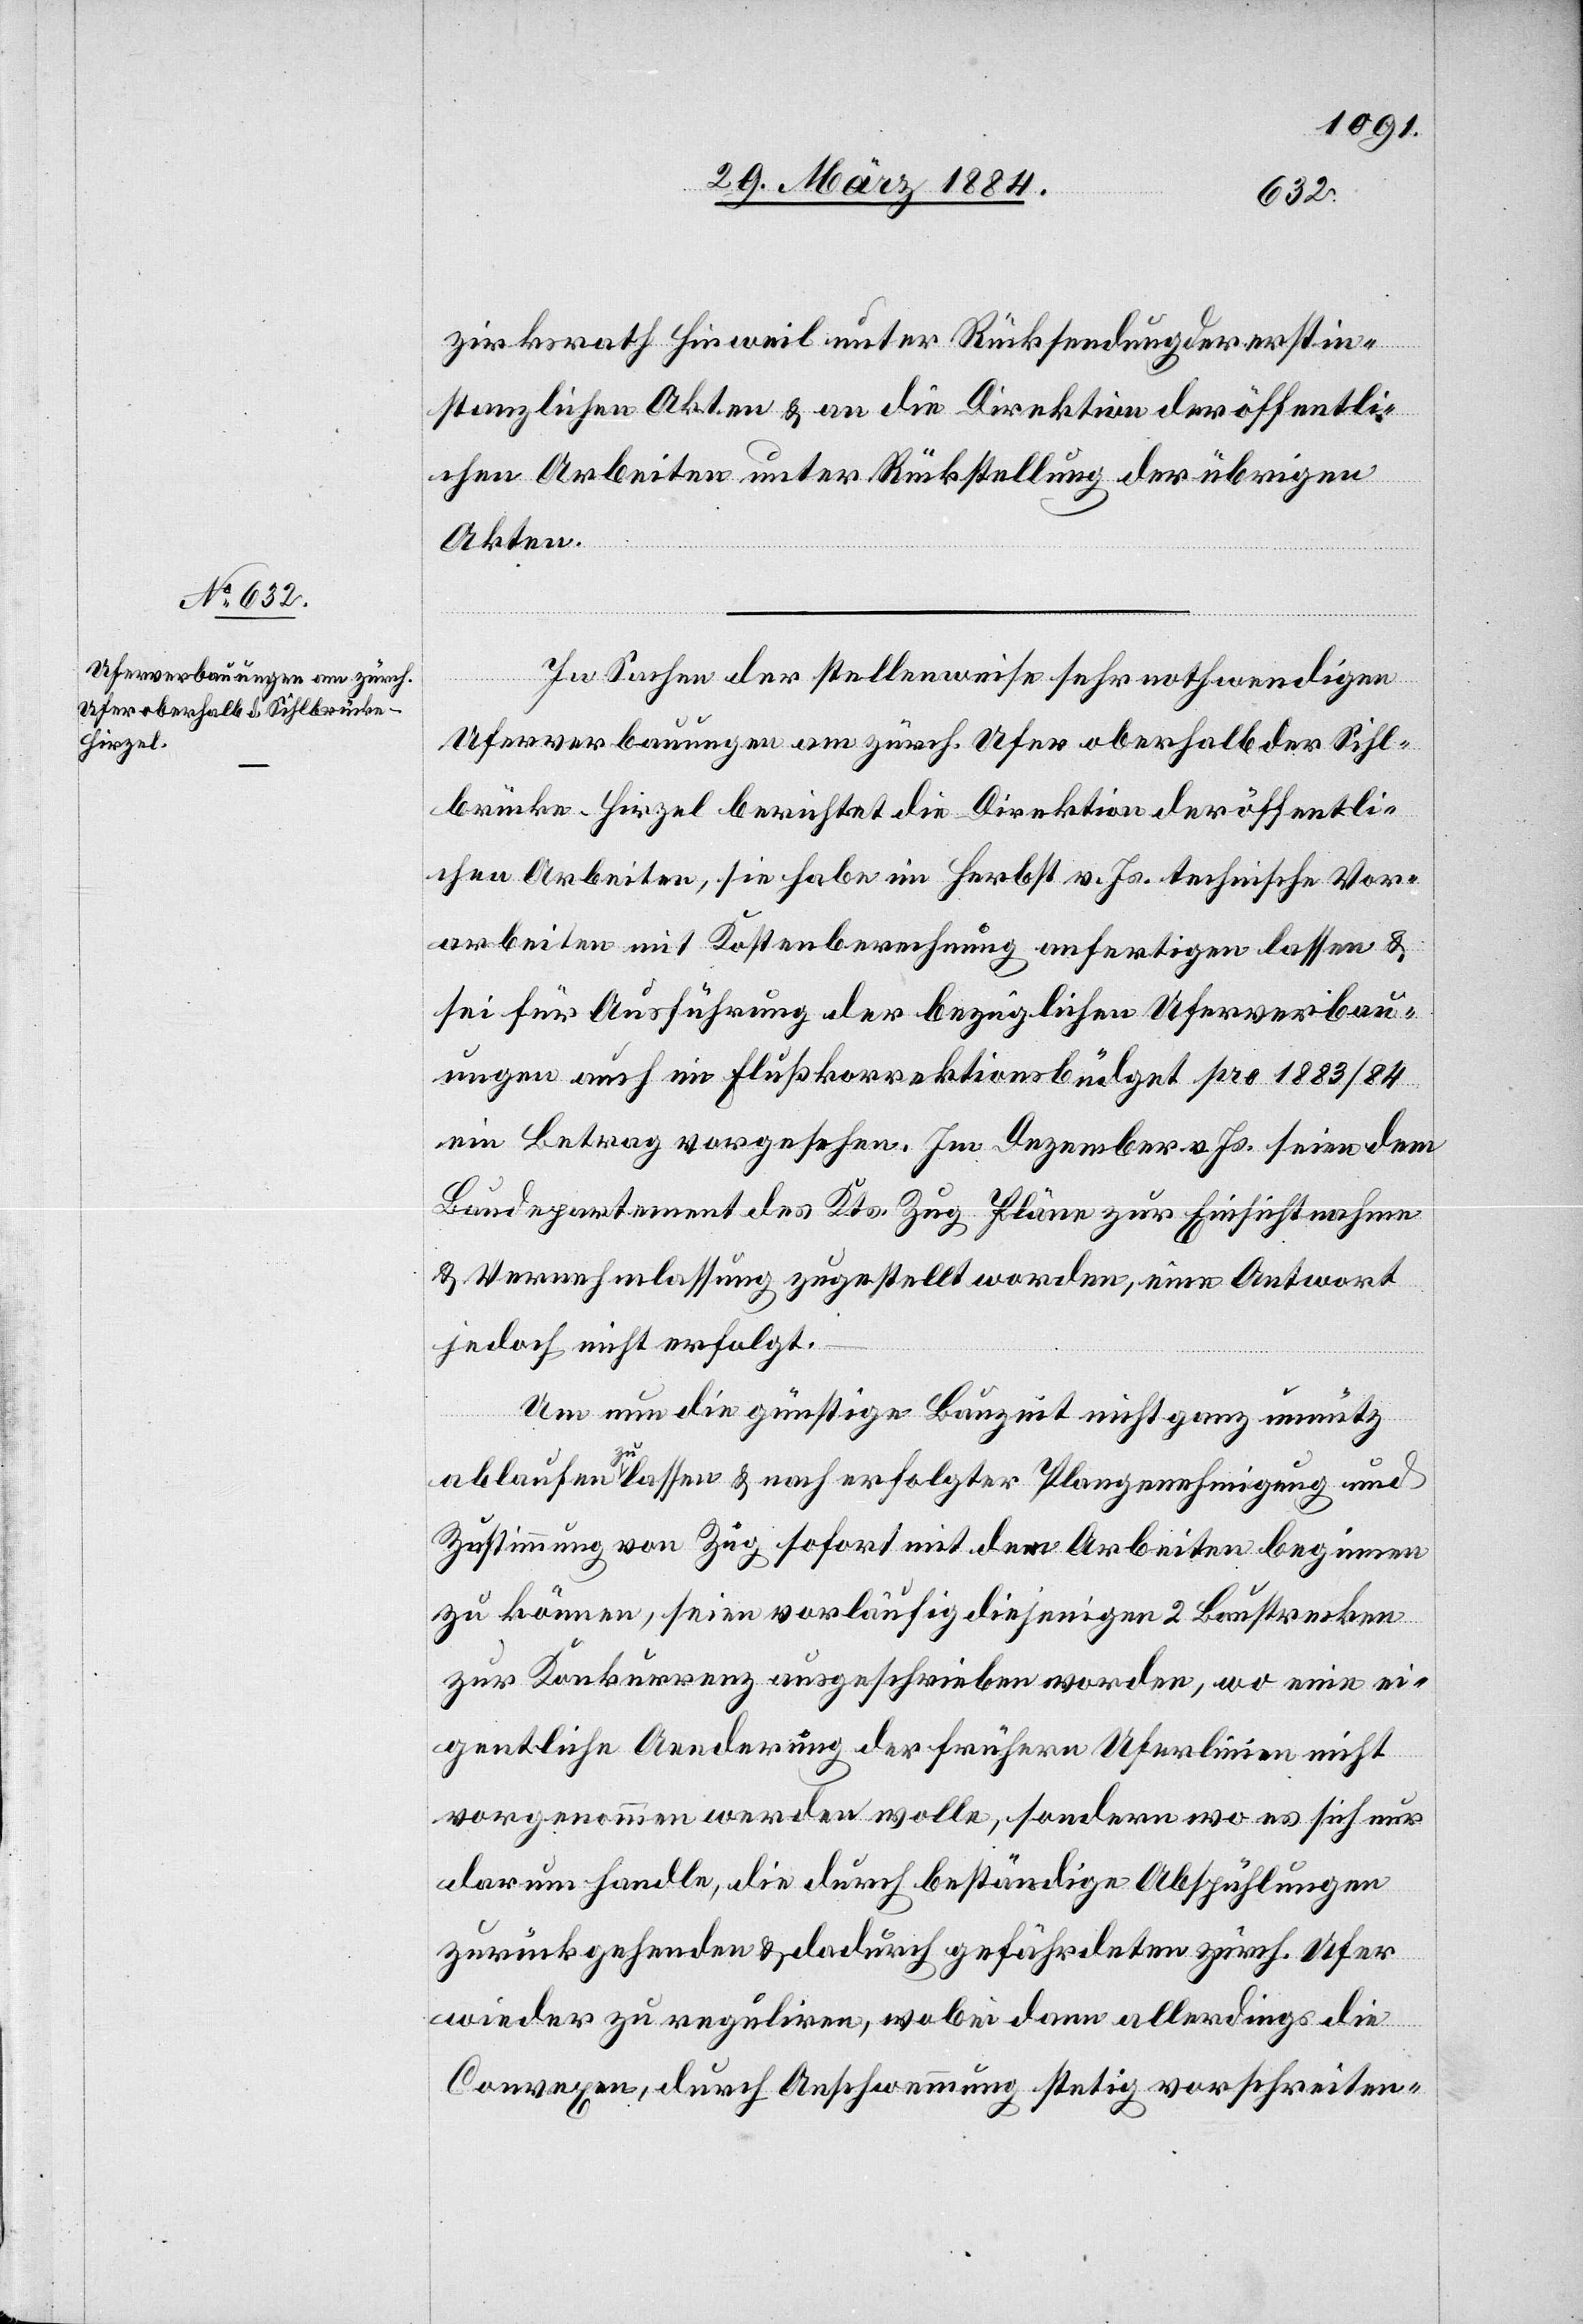
zirksrath Hinweil unter Rücksendung der erstin¬
stanzlichen Akten & an die Direktion der öffentli¬
chen Arbeiten unter Rückstellung der übrigen
Akten.
In Sache der stellenweise sehr nothwendigen
Uferverbauungen am zürch. Ufer oberhalb der Sihl¬
brücke [-] Hirzel berichtet die Direktion der öffentli¬
chen Arbeiten, sie habe im Herbst v. Js. technische Vor¬
arbeiten mit Kostenberechnung anfertigen lassen &
sei für Ausführung der bezüglichen Uferverbau¬
ungen auch im Flußkorrektionsbüdget pro 1883/84
ein Betrag vorgesehen. Im Dezember v. Js. seien dem
Baudepartement des Kts. Zug Pläne zur Einsichtnahme
& Vernehmlassung zugestellt worden, eine Antwort
jedoch nicht erfolgt.
Um nun die günstige Bauzeit nicht ganz unnütz
ablaufen zu lassen & nach erfolgter Plangenehmigung und
Zustimmung von Zug sofort mit den Arbeiten beginnen
zu können, seien vorläufig diejenigen 2 Baustrecken
zur Konkurrenz ausgeschrieben worden, wo eine ei¬
gentliche Aenderung der frühern Uferlinie nicht
vorgenommen werden wolle, sondern wo es sich nur
darum handle, die durch beständige Abspühlungen
zurückgehenden & dadurch gefährdeten zürch. Ufer
wieder zu reguliren, wobei dann allerdings die
convexen, durch Anschwemmung stetig vorschreiten-